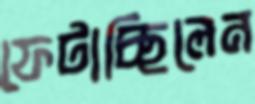
ফেটাচ্ছিলেন